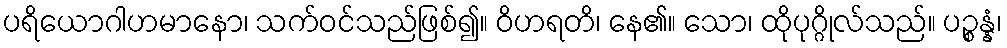
ပရိယောဂါဟမာနော၊ သက်ဝင်သည်ဖြစ်၍။ ဝိဟရတိ၊ နေ၏။ သော၊ ထိုပုဂ္ဂိုလ်သည်။ ပဉ္စန္နံ၊